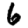
Digit: 6